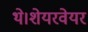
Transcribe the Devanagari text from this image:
थे।शेयरवेयर